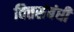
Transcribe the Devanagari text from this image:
वित्तसंबंधी